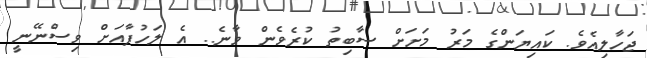
ޖަހާލިއެވެ. ކައިޔަންގެ މަރު މަށަށް ސާބިތު ކުރެވެން ވާނެ.. އެ ލަހުފާއަށް ވިސްނޭނީ